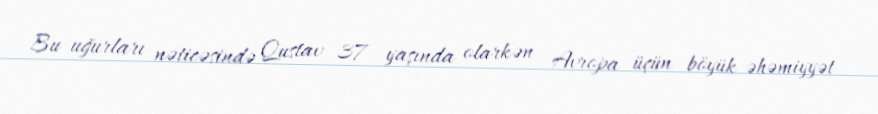
Bu uğurları nəticəsində Qustav 37 yaşında olarkən Avropa üçün böyük əhəmiyyət